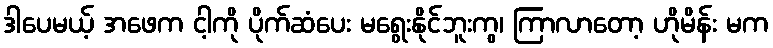
ဒါပေမယ့် အဖေက ငါ့ကို ပိုက်ဆံပေး မရွေးနိုင်ဘူးကွ၊ ကြာလာတော့ ဟိုမိန်း မက